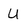
Character: U